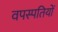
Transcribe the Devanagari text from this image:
वपस्पतियों